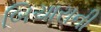
બિચારાની